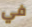
في